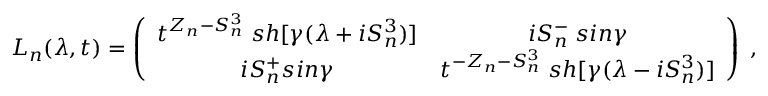
L _ { n } ( \lambda , t ) = \left( \begin{array} { c c } { { t ^ { Z _ { n } - S _ { n } ^ { 3 } } \; s h [ \gamma ( \lambda + i S _ { n } ^ { 3 } ) ] } } & { { i S _ { n } ^ { - } \; s i n \gamma } } \\ { { i S _ { n } ^ { + } s i n \gamma } } & { { t ^ { - Z _ { n } - S _ { n } ^ { 3 } } \; s h [ \gamma ( \lambda - i S _ { n } ^ { 3 } ) ] } } \end{array} \right) \; ,